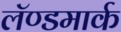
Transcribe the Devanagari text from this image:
लॅण्डमार्क